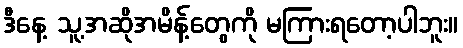
ဒီနေ့ သူ့အဆိုအမိန့်တွေကို မကြားရတော့ပါဘူး။